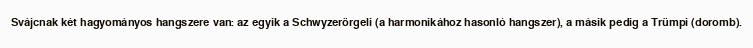
Svájcnak két hagyományos hangszere van: az egyik a Schwyzerörgeli (a harmonikához hasonló hangszer), a másik pedig a Trümpi (doromb).